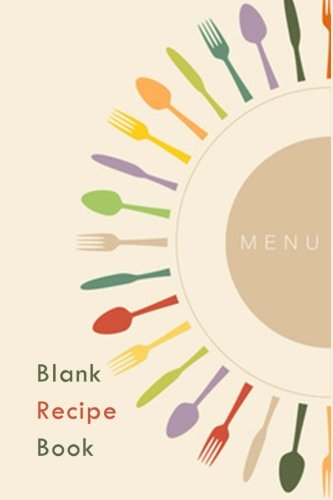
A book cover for Blank Recipe Book: A Journal Of Recipes From My Kitchen: A Blank Recipe Book For Collecting My Very Best Recipes (Blank Journals) (Volume 3); Blank Books 'N' Journals; Reference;